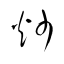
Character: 炒